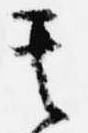
其